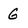
Character: G